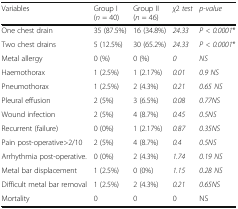
<table><thead><tr><td><b>Variables</b></td><td><b>Group I(<i>n</i> = 40)</b></td><td><b>Group II(<i>n</i> = 46)</b></td><td><b><i>χ</i>2 <i>test</i></b></td><td><b><i>p-value</i></b></td></tr></thead><tbody><tr><td>One chest drain</td><td>35 (87.5%)</td><td>16 (34.8%)</td><td><i>24.33</i></td><td><i>P &lt; 0.0001</i>*</td></tr><tr><td>Two chest drains</td><td>5 (12.5%)</td><td>30 (65.2%)</td><td><i>24.33</i></td><td><i>P &lt; 0.0001</i>*</td></tr><tr><td>Metal allergy</td><td>0 (%)</td><td>0 (%)</td><td><i>0</i></td><td><i>NS</i></td></tr><tr><td>Haemothorax</td><td>1 (2.5%)</td><td>1 (2.17%)</td><td><i>0.01</i></td><td><i>0.9 NS</i></td></tr><tr><td>Pneumothorax</td><td>1 (2.5%)</td><td>2 (4.3%)</td><td><i>0.21</i></td><td><i>0.65 NS</i></td></tr><tr><td>Pleural effusion</td><td>2 (5%)</td><td>3 (6.5%)</td><td><i>0.08</i></td><td><i>0.77NS</i></td></tr><tr><td>Wound infection</td><td>2 (5%)</td><td>4 (8.7%)</td><td><i>0.45</i></td><td><i>0.5NS</i></td></tr><tr><td>Recurrent (failure)</td><td>0 (0%)</td><td>1 (2.17%)</td><td><i>0.87</i></td><td><i>0.35NS</i></td></tr><tr><td>Pain post-operative&gt;2/10</td><td>2 (5%)</td><td>4 (8.7%)</td><td><i>0.4</i></td><td><i>0.5NS</i></td></tr><tr><td>Arrhythmia post-operative.</td><td>0 (0%)</td><td>2 (4.3%)</td><td><i>1.74</i></td><td><i>0.19 NS</i></td></tr><tr><td>Metal bar displacement</td><td>1 (2.5%)</td><td>0 (0%)</td><td><i>1.15</i></td><td><i>0.28 NS</i></td></tr><tr><td>Difficult metal bar removal</td><td>1 (2.5%)</td><td>2 (4.3%)</td><td><i>0.21</i></td><td><i>0.65NS</i></td></tr><tr><td>Mortality</td><td>0</td><td>0</td><td>0</td><td>NS</td></tr></tbody></table>